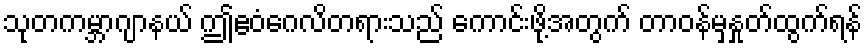
သုတကမ္ဘာဂျာနယ် ဤဧဝံဂေလိတရားသည် ကောင်းဖို့အတွက် တာဝန်မှနှုတ်ထွက်ရန်